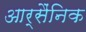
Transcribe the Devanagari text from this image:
आर्सैंनिक